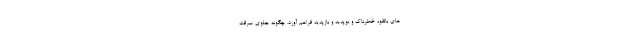
های بالقوه خطرناک و نوپدید و بازپدید فراهم آورد. چگونه جلوی سرقت